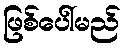
ဖြစ်ပေါ်မည်